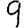
Digit: 9